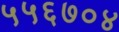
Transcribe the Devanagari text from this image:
५५६७०४